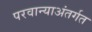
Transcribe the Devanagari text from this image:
परवान्याअंतर्गत